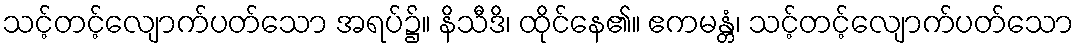
သင့်တင့်လျောက်ပတ်သော အရပ်၌။ နိသီဒိ၊ ထိုင်နေ၏။ ဧကမန္တံ၊ သင့်တင့်လျောက်ပတ်သော